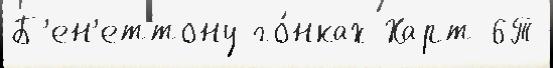
Б'ен'еттону го́нках Харт 6Т